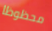
محظوظا